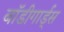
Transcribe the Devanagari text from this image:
बाॅडीगार्ड्स